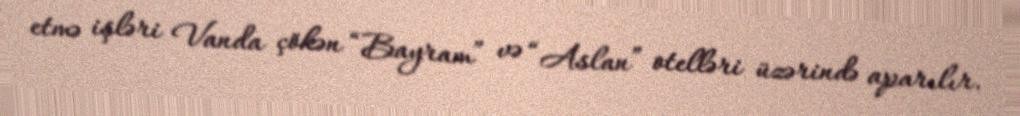
etmə işləri Vanda çökən “Bayram” və “Aslan” otelləri üzərində aparılır.